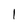
Character: 1